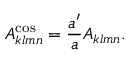
A _ { k l m n } ^ { \mathrm { c o s } } = \frac { a ^ { \prime } } { a } A _ { k l m n } .